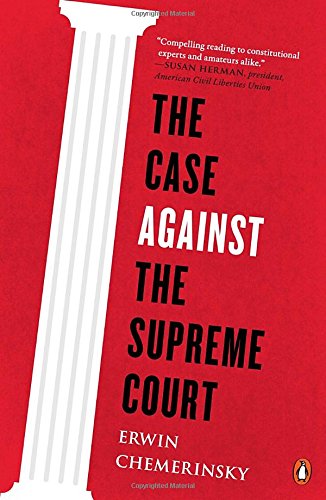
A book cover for The Case Against the Supreme Court; Erwin Chemerinsky; Law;